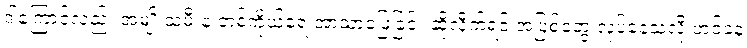
ဒါကြောင့်လည်း အမျိုးသမီးနဲ့ တစ်ကိုယ်ရေ အာသာဖြေခြင်း ဆိုလိုက်ရင် အပြစ်တွေ လုပ်နေသလို ဟင်ခနဲ